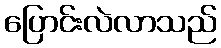
ပြောင်းလဲလာသည်